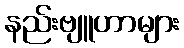
နည်းဗျူဟာများ